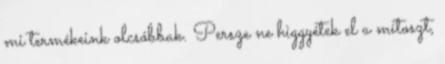
mi termékeink olcsóbbak. Persze ne higgyétek el a mítoszt,